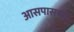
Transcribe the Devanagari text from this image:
अासपासच्या